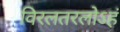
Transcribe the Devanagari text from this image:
विरलतरलोऽहं